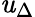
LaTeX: \mathit{u}_{\Delta}